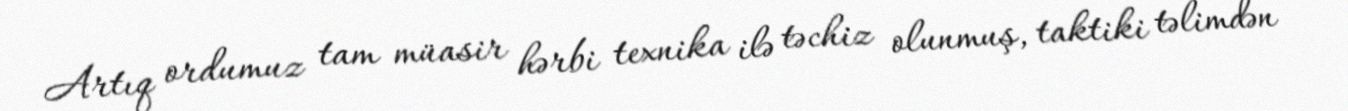
Artıq ordumuz tam müasir hərbi texnika ilə təchiz olunmuş, taktiki təlimdən